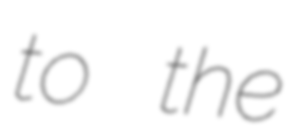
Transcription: to the